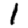
Digit: 1